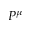
P ^ { \mu }